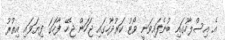
އެ އިސްލާހުގައި ބުނެފައިވަނީ ވޯޓު ކަރުދާހުގައި ޖަހަން ޖެހޭ ފާހަގަ ފިޔަވައި އިތުރު